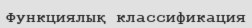
Функциялық классификация